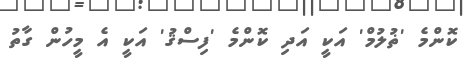
ކޮންމެ 'ޡުލުމް' އަކީ އަދި ކޮންމެ 'ފިސްޤު' އަކީ އެ މީހުން ގާތު